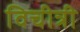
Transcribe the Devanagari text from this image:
विचीत्री